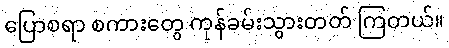
ပြောစရာ စကားတွေ ကုန်ခမ်းသွားတတ် ကြတယ်။